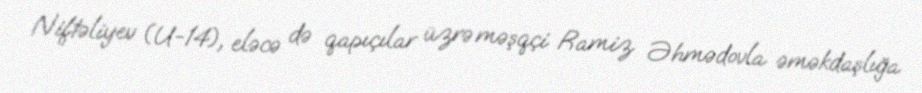
Niftəliyev (U-14), eləcə də qapıçılar üzrə məşqçi Ramiz Əhmədovla əməkdaşlığa